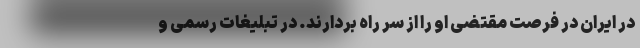
در ایران در فرصت مقتضی او را از سر راه بردارند. در تبلیغات رسمی و